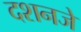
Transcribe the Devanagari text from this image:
दशनजे